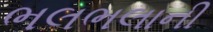
ભલભલાની